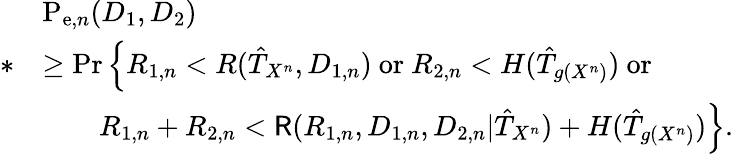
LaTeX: \begin{array}{rl}&{\mathrm{P}_{\mathrm{e},n}(D_{1},D_{2})}\\ {*}&{\geq\operatorname*{Pr}\Big\{ R_{1,n}<R(\hat{T}_{X^{n}},D_{1,n})~\mathrm{or}~R_{2,n}<H(\hat{T}_{g(X^{n})})~\mathrm{or}}\\ &{\qquad R_{1,n}+R_{2,n}<\mathsf{R}(R_{1,n},D_{1,n},D_{2,n}|\hat{T}_{X^{n}})+H(\hat{T}_{g(X^{n})})\Big\} .}\end{array}